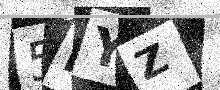
Text: 5DYZ